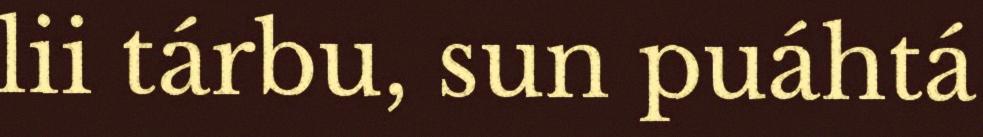
lii tárbu, sun puáhtá